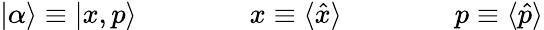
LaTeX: |\alpha\rangle\equiv|x,p\rangle\qquad\qquad x\equiv\langle{\hat{x}}\rangle\qquad\qquad p\equiv\langle{\hat{p}}\rangle